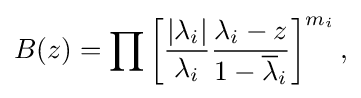
\displaystyle {B(z)=\prod \left[{|\lambda _{i}| \over \lambda _{i}}{\lambda _{i}-z \over 1-{\overline {\lambda }}_{i}}\right]^{m_{i}},}